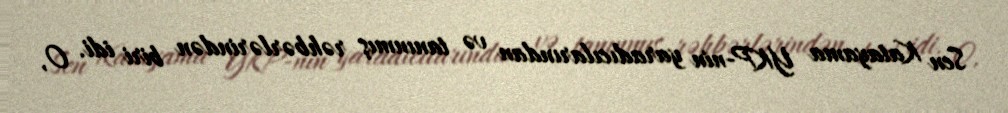
Sen Katayama YKP-nin yaradıcılarından və tanınmış rəhbərlərindən biri idi. O,